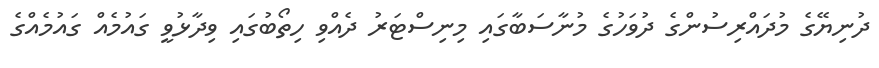
ދުނިޔޭގެ މުދައްރިސުންގެ ދުވަހުގެ މުނާސަބާގައި މިނިސްޓަރު ދެއްވި ހިތޯބުގައި ވިދާޅުވީ ގައުމެއް ގައުމެއްގެ